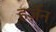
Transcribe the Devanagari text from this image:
हर्ज़ेन